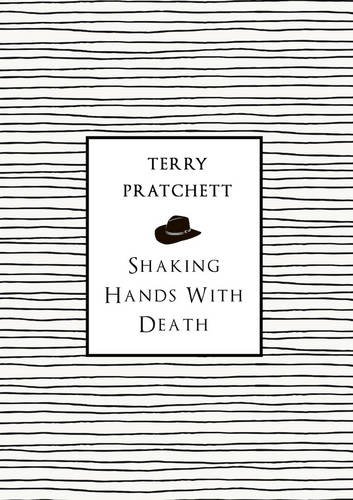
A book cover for Shaking Hands with Death; Terry Pratchett; Law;